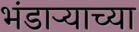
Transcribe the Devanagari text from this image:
भंडार्‍याच्या